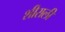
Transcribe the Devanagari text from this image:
शीराली